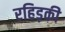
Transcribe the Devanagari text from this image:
रहिड़की